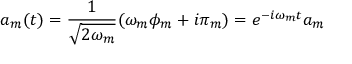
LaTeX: a _ { m } ( t ) = \frac { 1 } { \sqrt { 2 \omega _ { m } } } ( \omega _ { m } \phi _ { m } + i \pi _ { m } ) = e ^ { - i \omega _ { m } t } a _ { m }